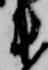
衛